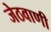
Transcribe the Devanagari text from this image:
जेठवाणी